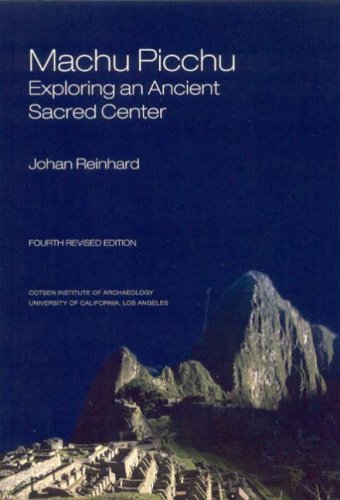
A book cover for Machu Picchu: Exploring an Ancient Sacred Center (WORLD HERITAGE AND MONUMENT SERIES); Johan Reinhard; History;